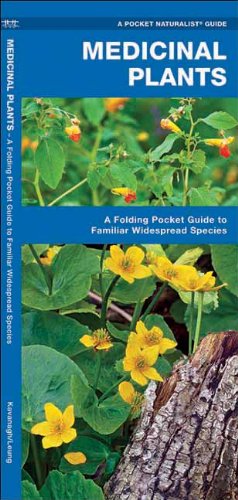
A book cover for Medicinal Plants: A Folding Pocket Guide to Familiar Widespread Species (Pocket Naturalist Guide Series); James Kavanagh; Science & Math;